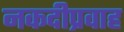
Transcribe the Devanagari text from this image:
नकदीप्रवाह